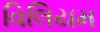
વિલિયમ